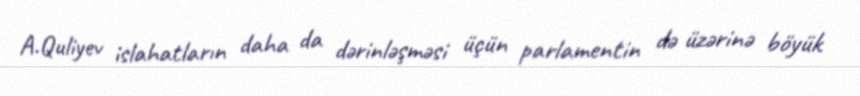
A.Quliyev islahatların daha da dərinləşməsi üçün parlamentin də üzərinə böyük